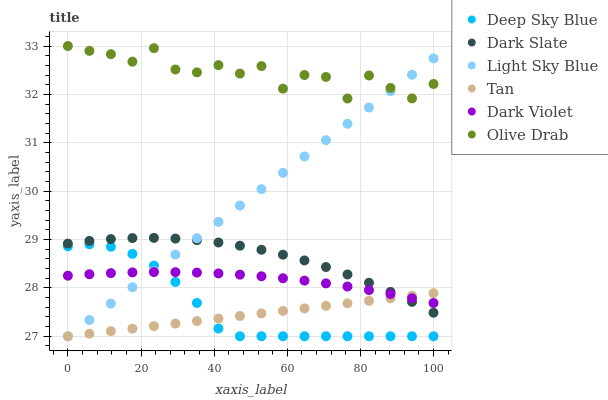
| xaxis_label | Deep Sky Blue | Dark Slate | Light Sky Blue | Tan | Dark Violet | Olive Drab |
 | --- | --- | --- | --- | --- | --- | --- |
 | 0 | 28.9 | 28.9 | 27 | 27 | 28.3 | 33 |
 | 5.88 | 28.9 | 29 | 27.3 | 27.1 | 28.3 | 32.9 |
 | 11.8 | 28.9 | 29 | 27.7 | 27.1 | 28.3 | 32.8 |
 | 17.6 | 28.7 | 29 | 28 | 27.2 | 28.3 | 32.7 |
 | 23.5 | 28.5 | 29 | 28.4 | 27.2 | 28.3 | 33 |
 | 29.4 | 28.1 | 29 | 28.7 | 27.3 | 28.3 | 32.5 |
 | 35.3 | 27.7 | 29 | 29 | 27.3 | 28.3 | 32.5 |
 | 41.2 | 27.2 | 28.9 | 29.4 | 27.4 | 28.3 | 32.6 |
 | 47.1 | 27 | 28.9 | 29.7 | 27.4 | 28.3 | 32.4 |
 | 52.9 | 27 | 28.8 | 30 | 27.5 | 28.2 | 32.6 |
 | 58.8 | 27 | 28.7 | 30.4 | 27.5 | 28.2 | 32.1 |
 | 64.7 | 27 | 28.6 | 30.7 | 27.6 | 28.2 | 32.4 |
 | 70.6 | 27 | 28.4 | 31.1 | 27.6 | 28.1 | 32.4 |
 | 76.5 | 27 | 28.3 | 31.4 | 27.7 | 28 | 31.9 |
 | 82.4 | 27 | 28.1 | 31.7 | 27.7 | 28 | 32.4 |
 | 88.2 | 27 | 27.9 | 32.1 | 27.8 | 27.9 | 32.1 |
 | 94.1 | 27 | 27.7 | 32.4 | 27.8 | 27.8 | 31.9 |
 | 100 | 27 | 27.5 | 32.7 | 27.9 | 27.7 | 32.2 |